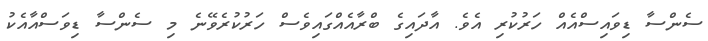
ސެންސާ ޑިވައިސްއެއް ހަރުކުރި އެެވެ. އާދައިގެ ބްރާއެއްގައިވެސް ހަރުކުރެވޭނެ މި ސެންސާ ޑިވަސްއާއެކު